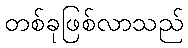
တစ်ခုဖြစ်လာသည်